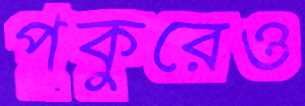
পুকুরেও